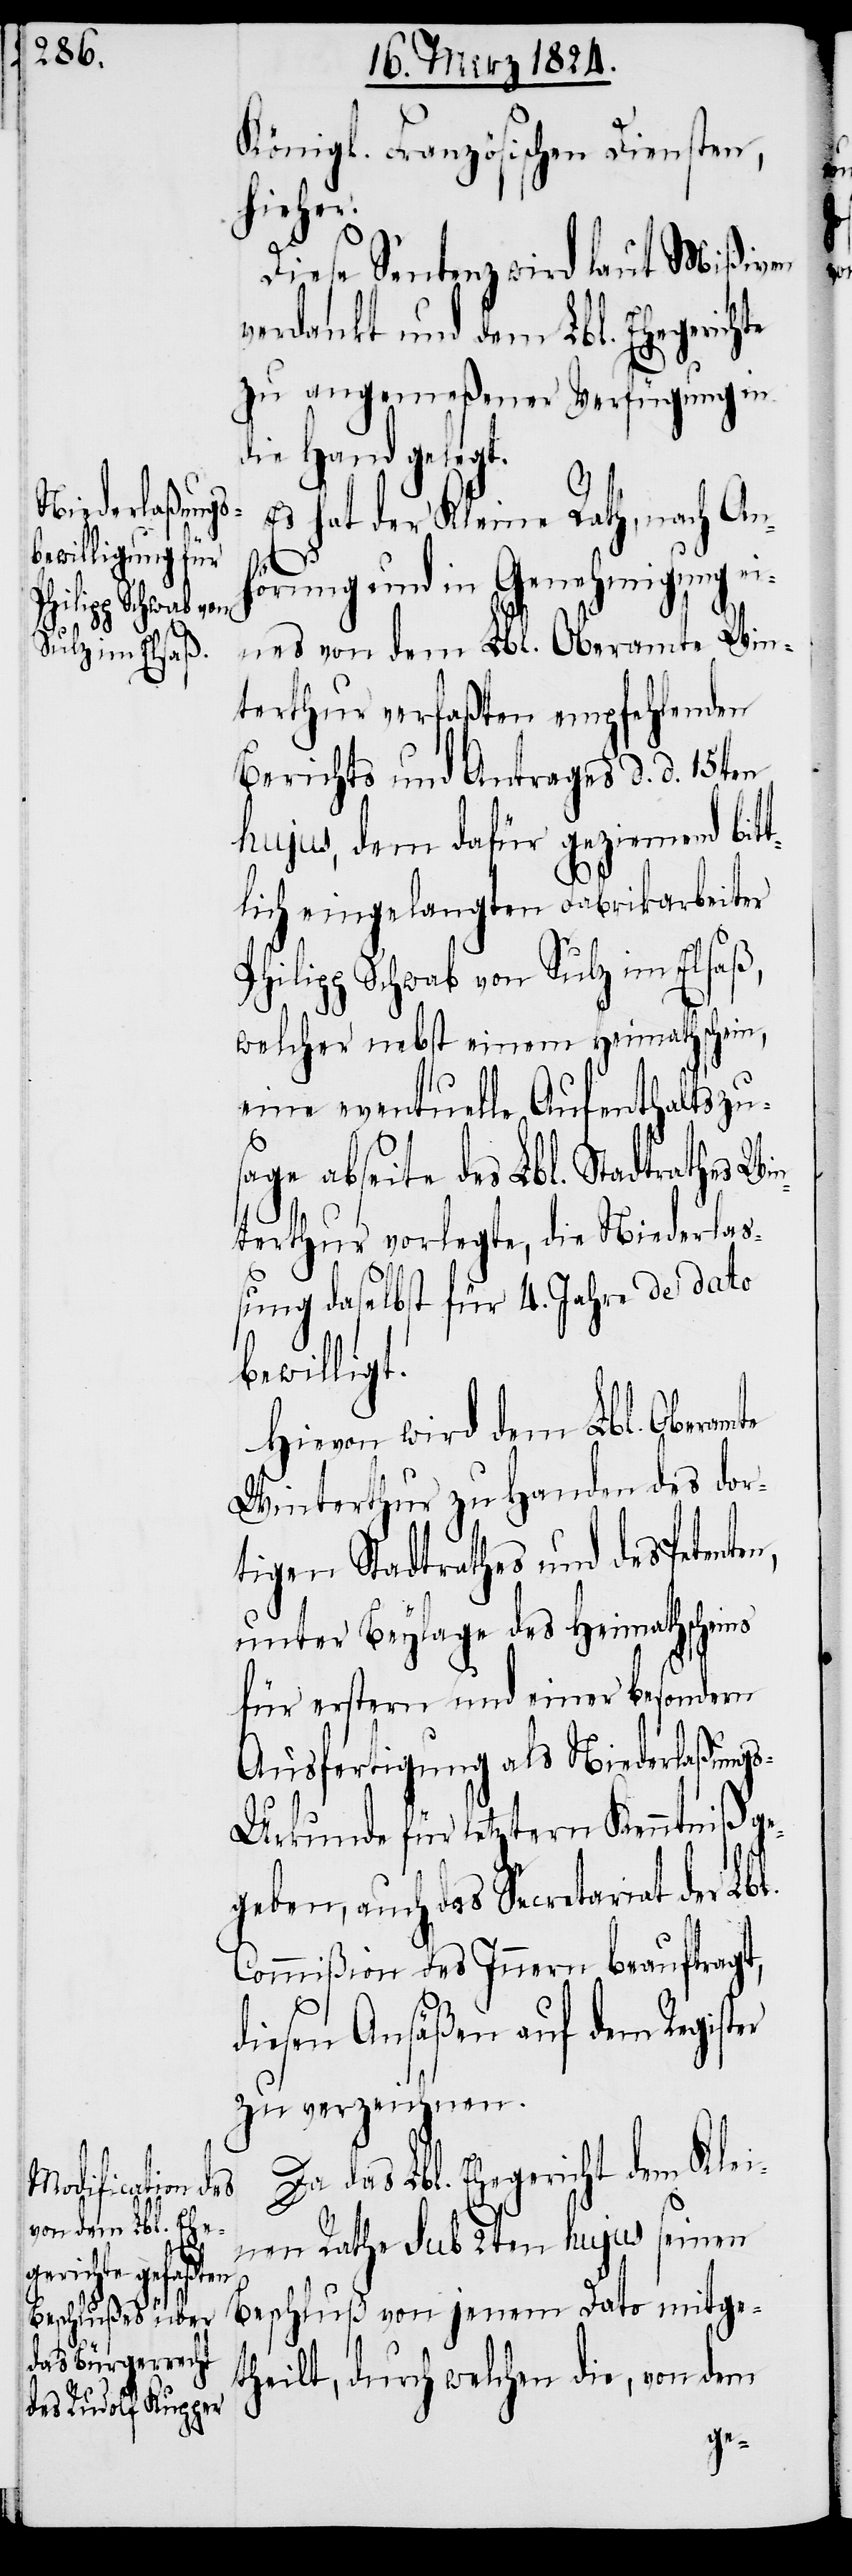
Königl. französischen Diensten,
hieher.
Diese Sentenz wird laut Mißiven
verdankt und dem Lbl. Ehegerichte
zu angemeßener Verfügung in
die Hand gelegt.
Es hat der Kleine Rath, nach Anh¬
örung und in Genehmigung ei¬
nes von dem Lbl. Oberamte Win¬
terthur verfaßten empfehlenden
Berichts und Antrags d. d. 15ten
hujus, dem dafür geziemend bit¬
tlich eingelangten Fabrikarbeiter
Philipp Schwab von Sulz im Elsaß,
welcher nebst einem Heimathschein,
eine eventuelle Aufenthaltszu¬
sage abseite des Lbl. Stadtrathes Wi¬
nterthur vorlegte, die Niederlaß¬
ung daselbst für 4. Jahre de dato
bewilligt.
Hievon wird dem Lbl. Oberamte
Winterthur zu Handen des dor¬
tigen Stadtrathes und des Petent¬
unter Beylage des Heimathscheins
für erstern und einer besondern
Ausfertigung als Niederlaßung¬
s-Urkunde für letztern Kenntniß ge¬
geben, auch das Secretariat Lbl.
Commißion des Innern beauftragt,
diesen Ansäßen auf dem Register
zu verzeichnen.
Da das Lbl. Ehegericht dem Klei¬
nen Rathe sub 2ten hujus seinen
Beschluß von jenem Dato mitge¬
theilt, durch welchen die, von dem
en,